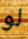
لو